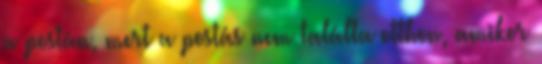
a postán, mert a postás nem találta otthon, amikor